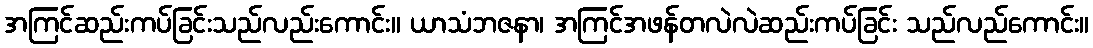
အကြင်ဆည်းကပ်ခြင်းသည်လည်းကောင်း။ ယာသံဘဇနာ၊ အကြင်အဖန်တလဲလဲဆည်းကပ်ခြင်း သည်လည်ကောင်း။